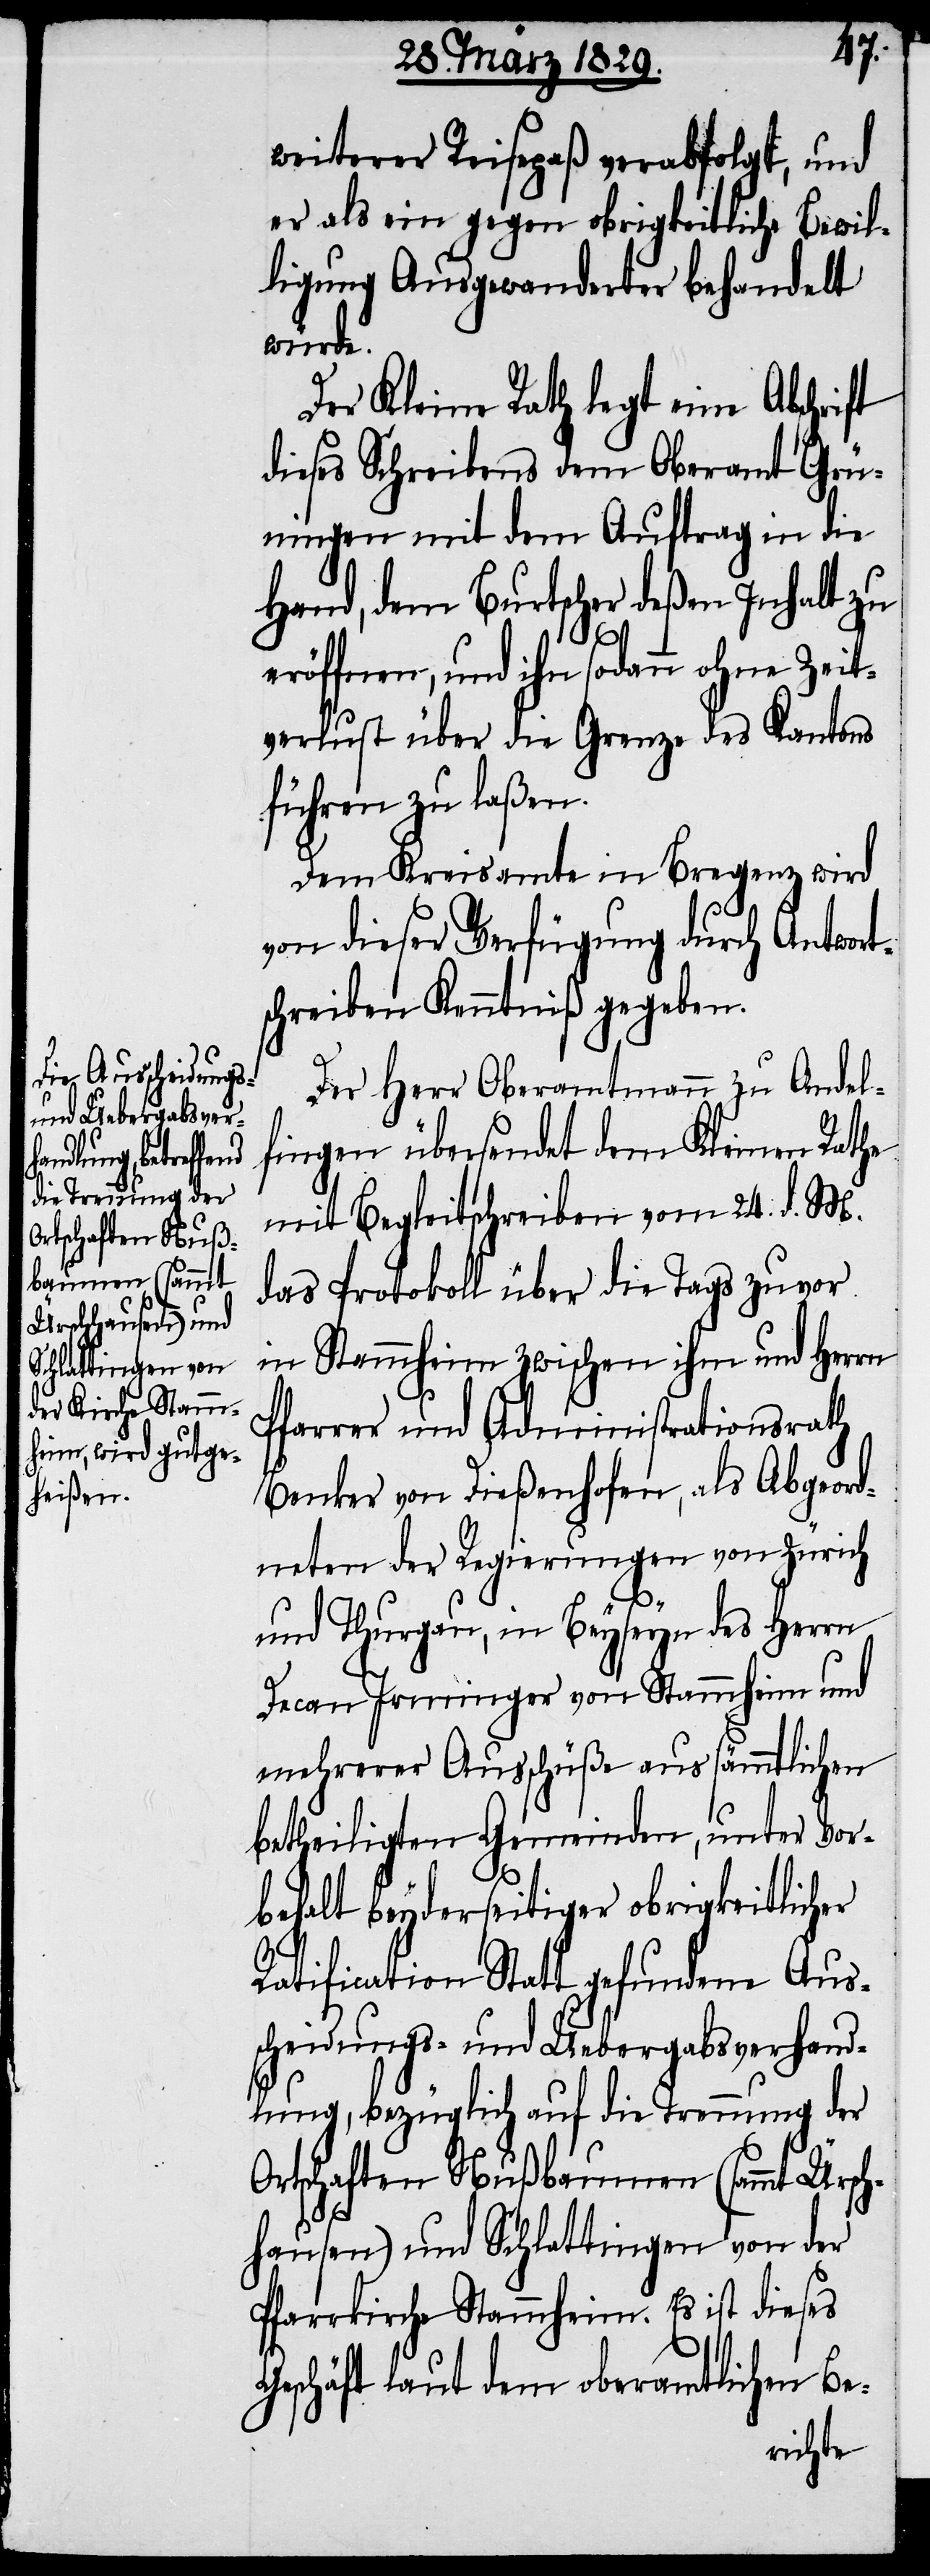
weiterer Reisepaß verabfolgt, und
er als ein gegen obrigkeitliche Bewil¬
ligung Ausgewanderter behandelt
würde.
Der Kleine Rath legt eine Abschrift
dieses Schreibens dem Oberamt Grü¬
ningen mit dem Auftrag in die
Hand, dem Burtscher deßen Inhalt zu
eröffnen, und ihn sodann ohne Zeit¬
verlust über die Grenze des Kantons
führen zu laßen.
Dem Kreisamte in Bregenz wird
von dieser Verfügung durch Antwort¬
schreiben Kenntniß gegeben.
Der Herr Oberamtmann zu Andel¬
fingen übersendet dem Kleinen Rathe
mit Begleitschreiben vom 24. d. M.
das Protokoll über die Tags zuvor
in Stammheim zwischen ihm und Herrn
Pfarrer und Administrationsrath
Benker von Dießenhofen, als Abgeord¬
neten der Regierungen von Zürich
und Thurgau, in Beyseyn des Herrn
Decan Irninger von Stammheim und
mehrerer Ausschüße aus sämmtlichen
betheiligten Gemeinden, unter Vor¬
behalt beyderseitiger obrigkeitlicher
Ratification Stattgefundene Aus¬
scheidungs- und Uebergabsverhand¬
lung, bezüglich auf die Trennung der
Ortschaften Nußbaumen (sammt Ürsch¬
hausen) und Schlattingen von der
Pfarrkirche Stammheim. Es ist dieses
Geschäft laut dem oberamtlichen Be-